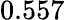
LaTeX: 0.557